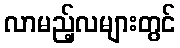
လာမည့်လများတွင်